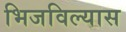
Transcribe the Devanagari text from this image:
भिजविल्यास